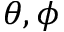
\theta , \phi